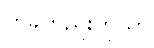
တခုတည်းကိုသာ